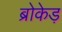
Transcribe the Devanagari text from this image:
ब्रोकेड़